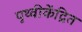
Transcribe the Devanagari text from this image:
पृथ्वीकेंद्रित